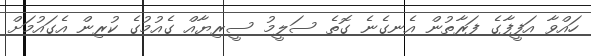
ހައްވާ އަފީފާގެ ފަރާތުން އެނގެނެ ގޮތެ ސަލީމު ސީރިޔާއް ގެއުމުގެ ކުރިން އެގައުމަށް